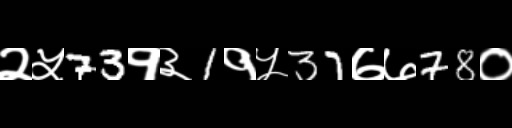
Text: २५73१३1१५37७७78०